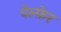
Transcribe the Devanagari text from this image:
वेल्फ़ेर